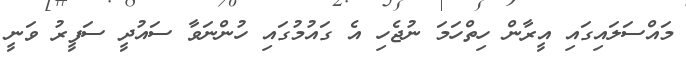
މައްސަލައިގައި އީރާން ހިތްހަމަ ނުޖެހި އެ ގައުމުގައި ހުންނަވާ ސައުދީ ސަފީރު ވަނީ